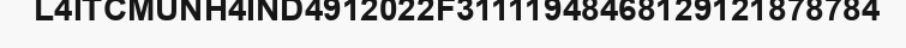
L4ITCMUNH4IND4912022F31111948468129121878784